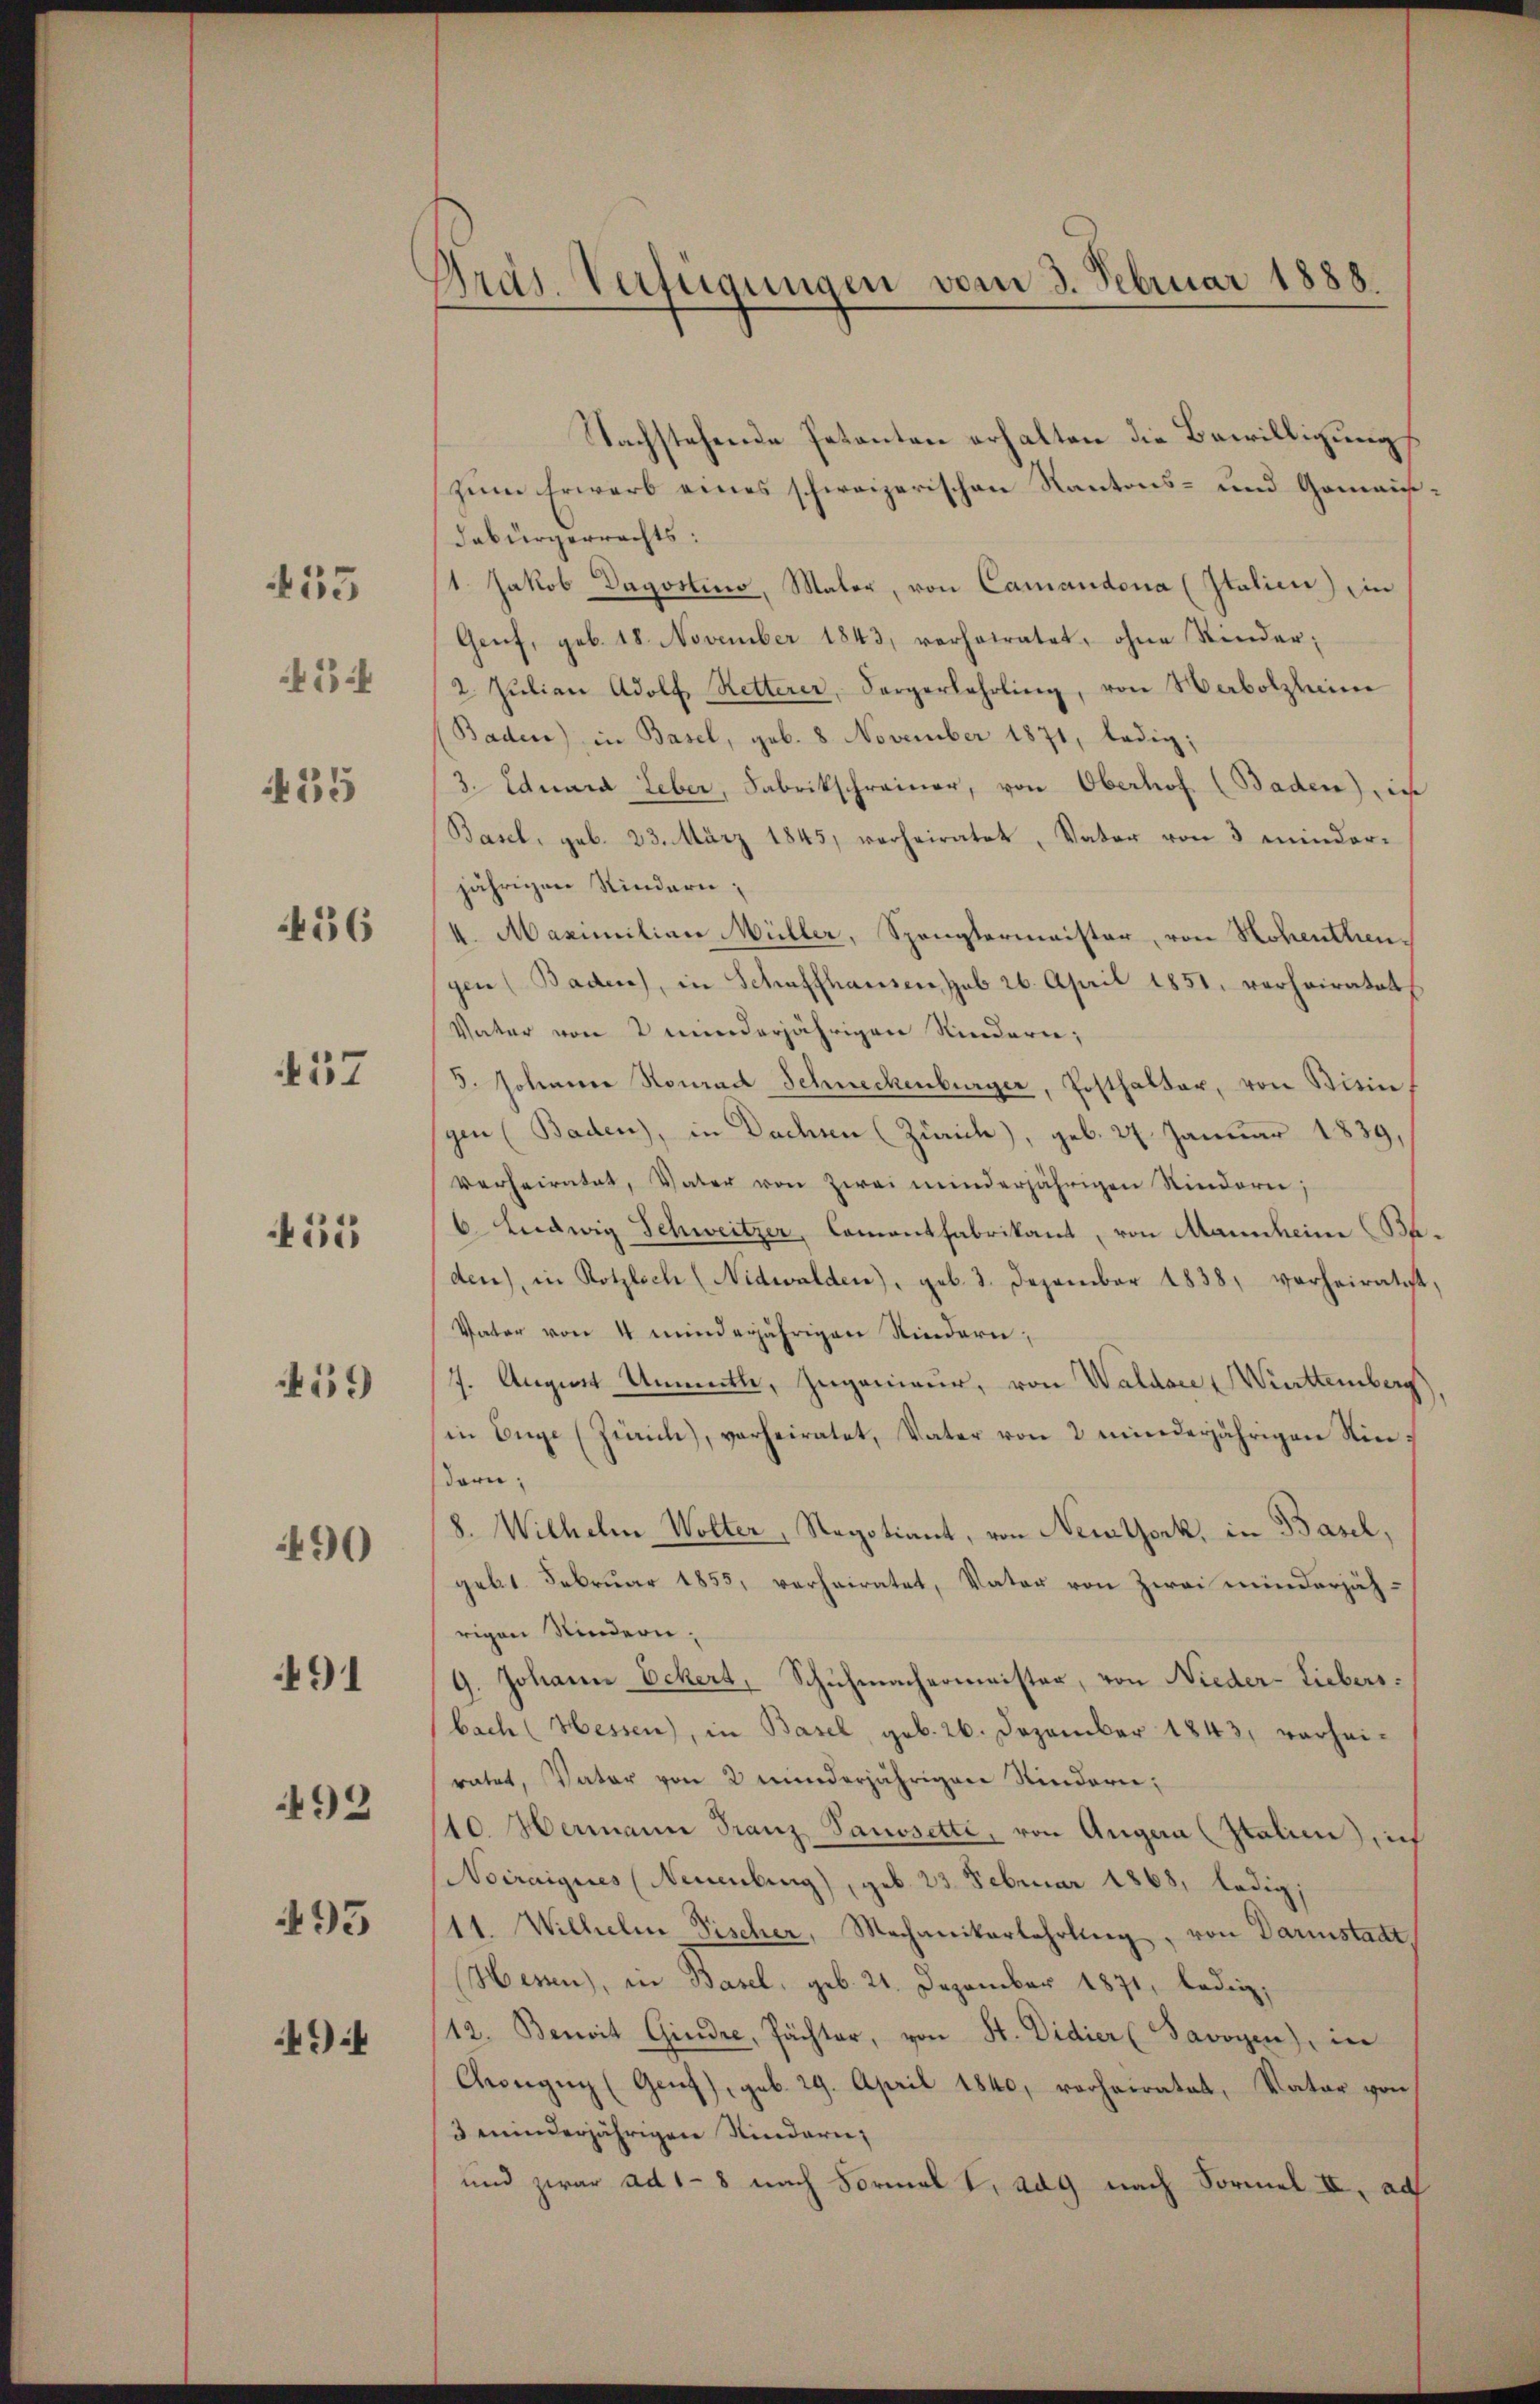
35

54

435

456

457

55

459

90

491

492

495

494

Gräs. Verfügungen vom 3. Februar 1888.

Nachstehende Petenten erhalten die Bewilligung
zum Erwarb eines schweizerischen Kantons- und Gemeindabürgerrechts:
11. Jakob Dagostino, Maler, von Camandona (Italien) in
Genf, geb. 18. November 1843, verheiratet, ohne Kinder¬
2. Jŭlian Adolf Retterer, Sorgerlehrling, von Habolzlaim
Baden) in Basel, geb. 8 November 1871, ledig;
3. Eduard Leber, Fabrikschreiner, von Oberhof (Baden) in
Basel, geb. 23. März 1845, verheiratet, Vater von 3 minderjährigen Kindern;
I. Maximilian Müller, Spangtermeister, von Hohenthengen (Baden, in Schaffhausen, sub 26. April 1851, verheiratet
Vater von 2 minderjährigen Rinderen;
3. sohinner Konrad Schneckenburger, Posthalter, von Steinf
gen (Baden), in Dachen (Zürich), geb. 27. Januar 1839,
verheiratet, Vater von zwei minderjährigen Rindern;
6. Ludwig Schweitzer, Comentfabrikant, von Mannheim (Baden), in Rotzlich (Nidwalden), geb. 2. Dezember 1838, verheiratet,
Vater von 4 minderjährigen Kindern,
7. August Unmitte, Ingenieur, von Waldare Württemberg)
in Enge (Zürich), verheiratet, Vater von 2 minderjährigen Kindern,
8. Wilhelm Wolter, Negotiant, von Nemlsonk, in Basel,
gebt. Februar 1855, verheiratet, Vater von Zwei minderjährigen Kindern,
9. Johann Eckert, Schuhmachermeister, von Nieder-Liebers
bach (Hessen), in Basel, geb. 26. Dezember 1843, vorheiratet, Vater von 2 minderjährigen Sindern;
110. Hermann Franz Panosette, von Augen (Italien) sich
Noiraigues (Neuenburg), geb. 23. Februar 1868, ledig,
11. Wilhelm Vischer, Mechanikerlehrling, von Darinstadt,
Hessen, in Basel, geb. 21. Dezember 1871, ledig¬
112. Benoit Giudre, Pächter, von St. Didier (Savoyen), in
Cwegen (Genf), geb. 29. April 1840, vorheiratet, Vater von
3 minderjährigen Kindern,
und zwar ad 1 - 8 nach Formal , adg nach Formel II. ad